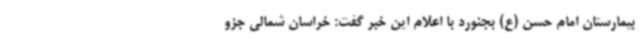
بیمارستان امام حسن (ع) بجنورد با اعلام این خبر گفت: خراسان شمالی جزو